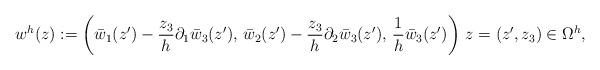
LaTeX: \begin{align*} w^h(z) := \left( \bar{w}_1(z') - \frac{z_3}{h}\partial_1 \bar{w}_3(z'),\, \bar{w}_2(z') - \frac{z_3}{h}\partial_2 \bar{w}_3(z'),\, \frac{1}{h}\bar{w}_3(z') \right) \,z=(z',z_3) \in \Omega^h,\end{align*}